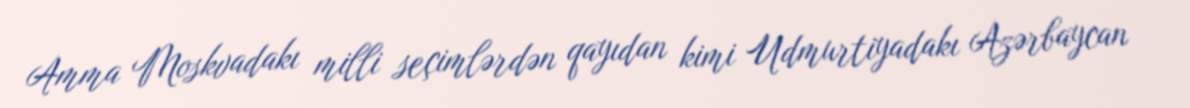
Amma Moskvadakı milli seçimlərdən qayıdan kimi Udmurtiyadakı Azərbaycan